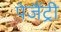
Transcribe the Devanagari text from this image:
पेजैंट्री